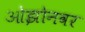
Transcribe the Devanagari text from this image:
ओझोनवर